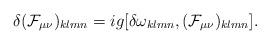
LaTeX: \begin{align*}\delta({\cal F}_{\mu\nu})_{klmn}=ig[\delta\omega_{klmn},({\cal F}_{\mu\nu})_{klmn}].\end{align*}